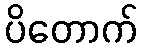
ပိတောက်